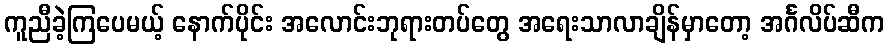
ကူညီခဲ့ကြပေမယ့် နောက်ပိုင်း အလောင်းဘုရားတပ်တွေ အရေးသာလာချိန်မှာတော့ အင်္ဂလိပ်ဆီက